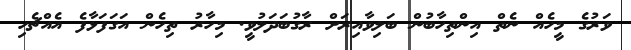
ވަރުގެ މީހެއް ނެތް އިންތިހާބުން ބަލިވާއިރަށް ރާގުބަދަލުވީ. މިހާރު ތިހެން އަގަފަޅާފެ އެއްޗެހި